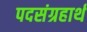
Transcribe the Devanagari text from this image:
पदसंग्रहार्थ